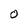
Character: 0